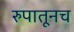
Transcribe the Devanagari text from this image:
रुपातूनच